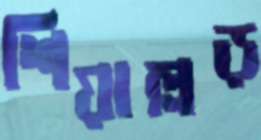
শিয়াল্লড়